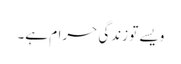
ویسے تو زندگی حرام ہے۔